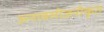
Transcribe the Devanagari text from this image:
अनाक्सीजनीकृत